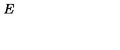
E